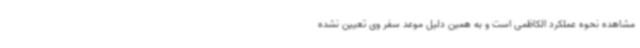
مشاهده نحوه عملکرد الکاظمی است و به همین دلیل موعد سفر وی تعیین نشده